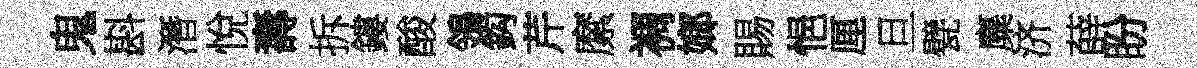
鬼斟潛悅壽拆鏤酸鴒鈎芹縻裯嫏賜悒厘旦甓麋济薛盼